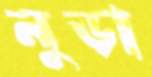
নুড়া